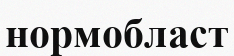
нормобласт